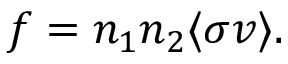
f = n _ { 1 } n _ { 2 } \langle \sigma v \rangle .